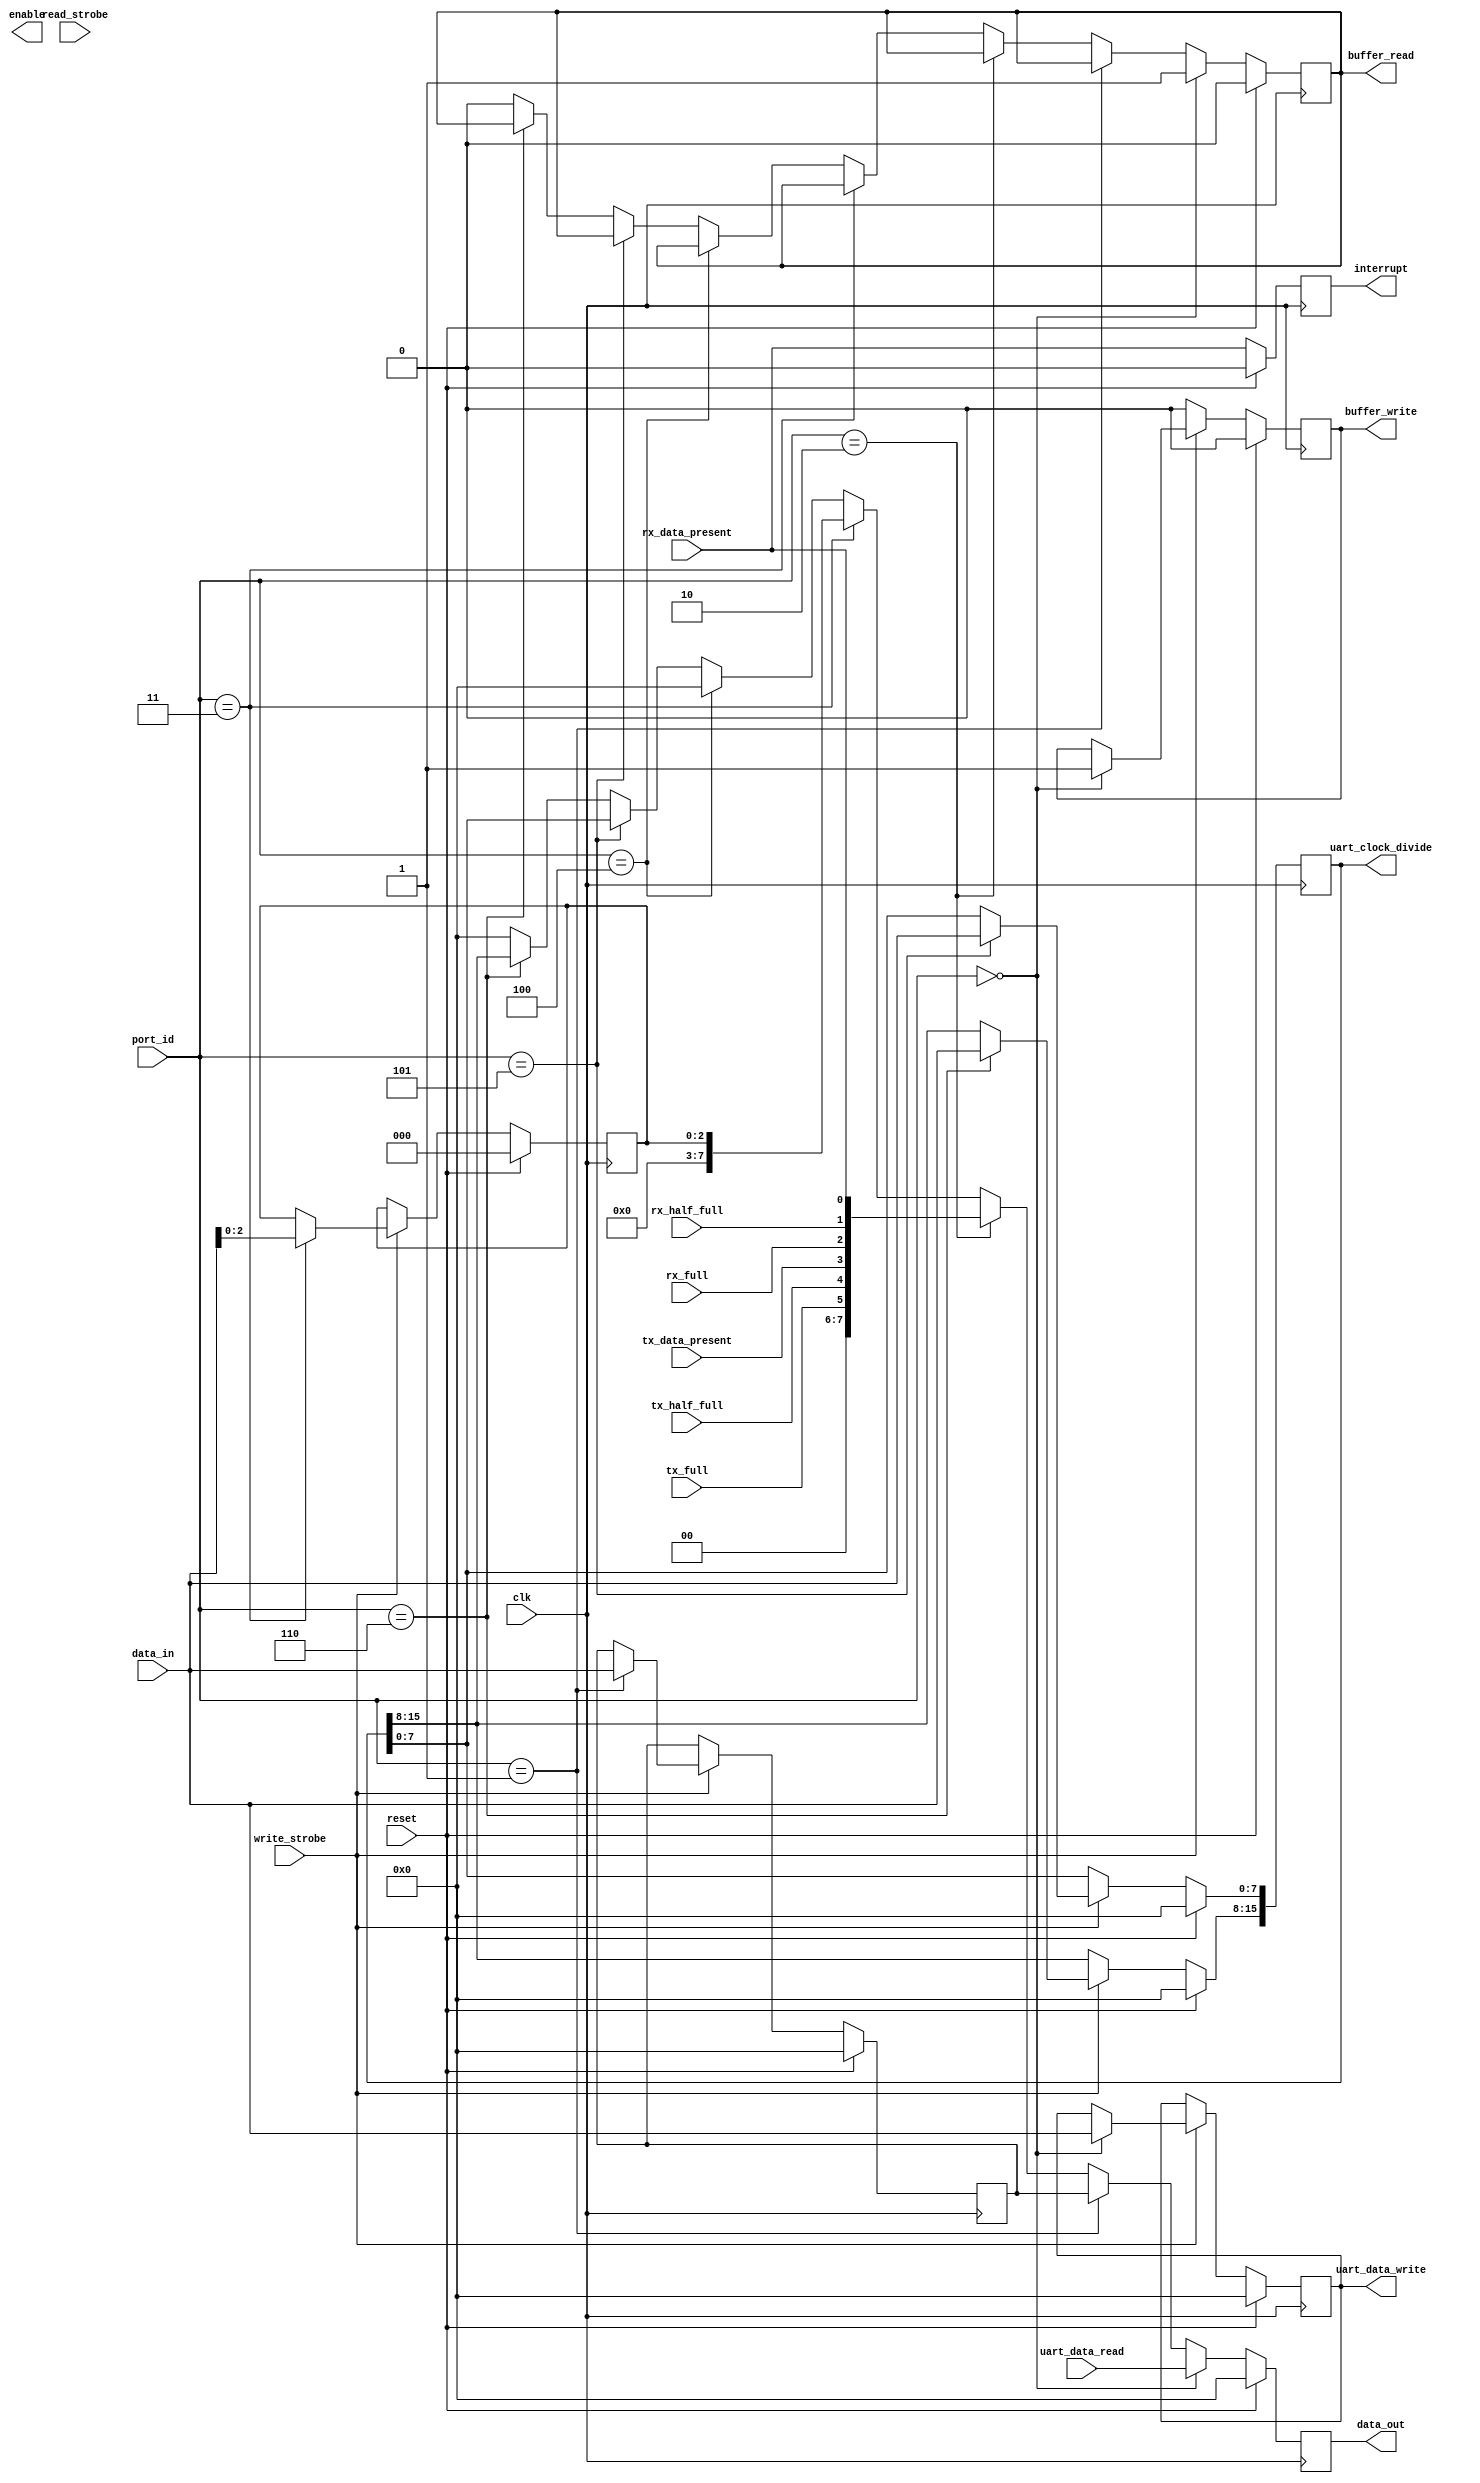
module pb_uart_regs (/*AUTOARG*/
   // Outputs
   data_out, interrupt, buffer_write, uart_data_write, buffer_read,
   enable, uart_clock_divide,
   // Inputs
   clk, reset, port_id, data_in, read_strobe, write_strobe,
   uart_data_read, rx_data_present, rx_half_full, rx_full,
   tx_data_present, tx_half_full, tx_full
   ) ;
   input clk;
   input reset;

   
   input [7:0] port_id;
   input [7:0] data_in;
   output [7:0] data_out;
   input        read_strobe;
   input        write_strobe;
   output       interrupt;
   
   output       buffer_write;
   output [7:0] uart_data_write;
   
   output       buffer_read;
   input [7:0]  uart_data_read;
   
   
   input        rx_data_present;
   input        rx_half_full;
   input        rx_full;

   input        tx_data_present;
   input        tx_half_full;
   input        tx_full;

   output       enable;
   output [15:0] uart_clock_divide;
   
   
   parameter BASE_ADDRESS = 8'h00;

 
   //
   // Address Decode
   //
   wire                   uart_data_in_enable  = (port_id == (BASE_ADDRESS + 0));  //Read Only
   wire                   uart_data_out_enable = (port_id == (BASE_ADDRESS + 0));  //Write Only
   wire                   uart_control_enable  = (port_id == (BASE_ADDRESS + 1));
   wire                   uart_status_enable   = (port_id == (BASE_ADDRESS + 2));
   wire                   uart_irq_mask_enable = (port_id == (BASE_ADDRESS + 3));
   wire                   uart_irq_enable      = (port_id == (BASE_ADDRESS + 4));
   wire                   uart_clock_divide_lower_enable = (port_id == (BASE_ADDRESS + 5));
   wire                   uart_clock_divide_upper_enable = (port_id == (BASE_ADDRESS + 6));
   
   //
   // Registers
   //
   reg [7:0]              uart_control         = 8'h00;
   reg [2:0]              uart_irq_mask        = 3'h0;
   reg [2:0]              uart_irq             = 3'h0; 
   reg [15:0]             uart_clock_divide    = 16'h0000;
   reg                    buffer_read          = 1'b0;
   reg                    buffer_write         = 1'b0;
   reg [7:0]              uart_data_write      = 8'h00;
   reg [7:0]              uart_data_read_reg   = 8'h00;
   reg [7:0]              data_out             = 8'h00;
   reg                    interrupt            = 1'b0;

   //
   // Interrupt Logic
   //
   always @(posedge clk)
     if (reset) begin
        interrupt <= 0;        
     end else begin
        interrupt <= rx_data_present;
     end
   
   //
   // Register Writing
   //
   always @(posedge clk)
     if (reset) begin
        buffer_write <= 0;
        uart_data_write <= 0;
        uart_control <= 0;
        uart_irq_mask <= 0;
        uart_clock_divide <= 0;        
     end else if (write_strobe == 1'b1) begin
        
        if (uart_data_in_enable) begin
           uart_data_write <= data_in;           
           buffer_write <= 1'b1;           
        end
        
        if (uart_control_enable) begin
           uart_control <= data_in;           
        end

        if (uart_irq_mask_enable) begin
           uart_irq_mask <= data_in[2:0];           
        end

        if (uart_clock_divide_lower_enable) begin
           uart_clock_divide[7:0] <= data_in;           
        end
        
        if (uart_clock_divide_upper_enable) begin
           uart_clock_divide[15:8] <= data_in;           
        end        

        
     end else begin
        buffer_write <= 1'b0;           
     end // else: !if(write_strobe == 1'b1)
   



   //
   // Register Reading
   //
   always @(posedge clk) 
     if (reset) begin
        data_out <= 0;
        buffer_read <= 0;        
     end else begin
        if (uart_data_out_enable) begin
           data_out <= uart_data_read;         
           buffer_read <= 1'b1;           
        end 
        
        else if (uart_control_enable) begin
           data_out <= uart_control;           
        end
        
        else if (uart_status_enable) begin
           data_out <= {2'b00, tx_full, tx_half_full, tx_data_present, rx_full, rx_half_full, rx_data_present};           
        end
        
        else if (uart_irq_mask_enable) begin
           data_out <= {5'b0, uart_irq_mask};           
        end
        
        else if (uart_irq_enable) begin
           data_out <= {5'b0, uart_irq};           
        end
        
        else if (uart_clock_divide_lower_enable) begin
           data_out <= uart_clock_divide[7:0];           
        end
        
        else if (uart_clock_divide_upper_enable) begin
           data_out <= uart_clock_divide[15:8];           
        end  
        
        else begin
           data_out <= 8'h00;   
           buffer_read <= 1'b0;                 
        end        
      
   end // always @ (posedge clk)   
   

     
endmodule